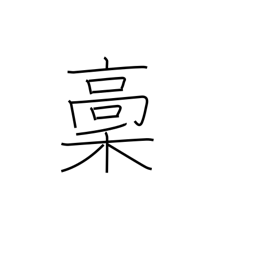
Meaning: rough copy